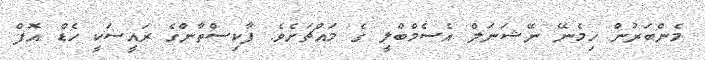
މެންބަރުން ހިމެނޭ ނޭޝަނަލް އެސެމްބްލީ ގެ މައްޗަށެވެ. ޕާކިސްތާންގެ ރައީސަކީ ހެޑް އޮފް